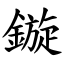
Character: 鏇